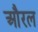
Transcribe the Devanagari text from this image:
औरल